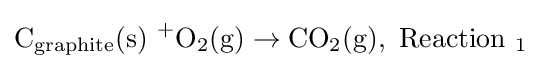
{\ce {C_{graphite}(s)\ +O2(g)\to CO2(g),\ Reaction\ 1}}